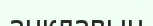
анклавын